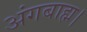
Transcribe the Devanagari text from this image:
अंगबाह्म।